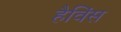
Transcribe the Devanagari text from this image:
हैविंस